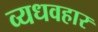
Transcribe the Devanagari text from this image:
व्यधवहार